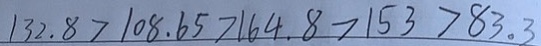
1 3 2 . 8 > 1 0 8 . 6 5 > 1 6 4 . 8 > 1 5 3 > 8 3 。 3